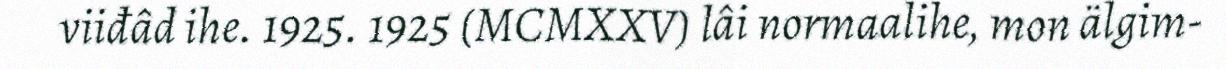
viiđâd ihe. 1925. 1925 (MCMXXV) lâi normaalihe, mon älgim-